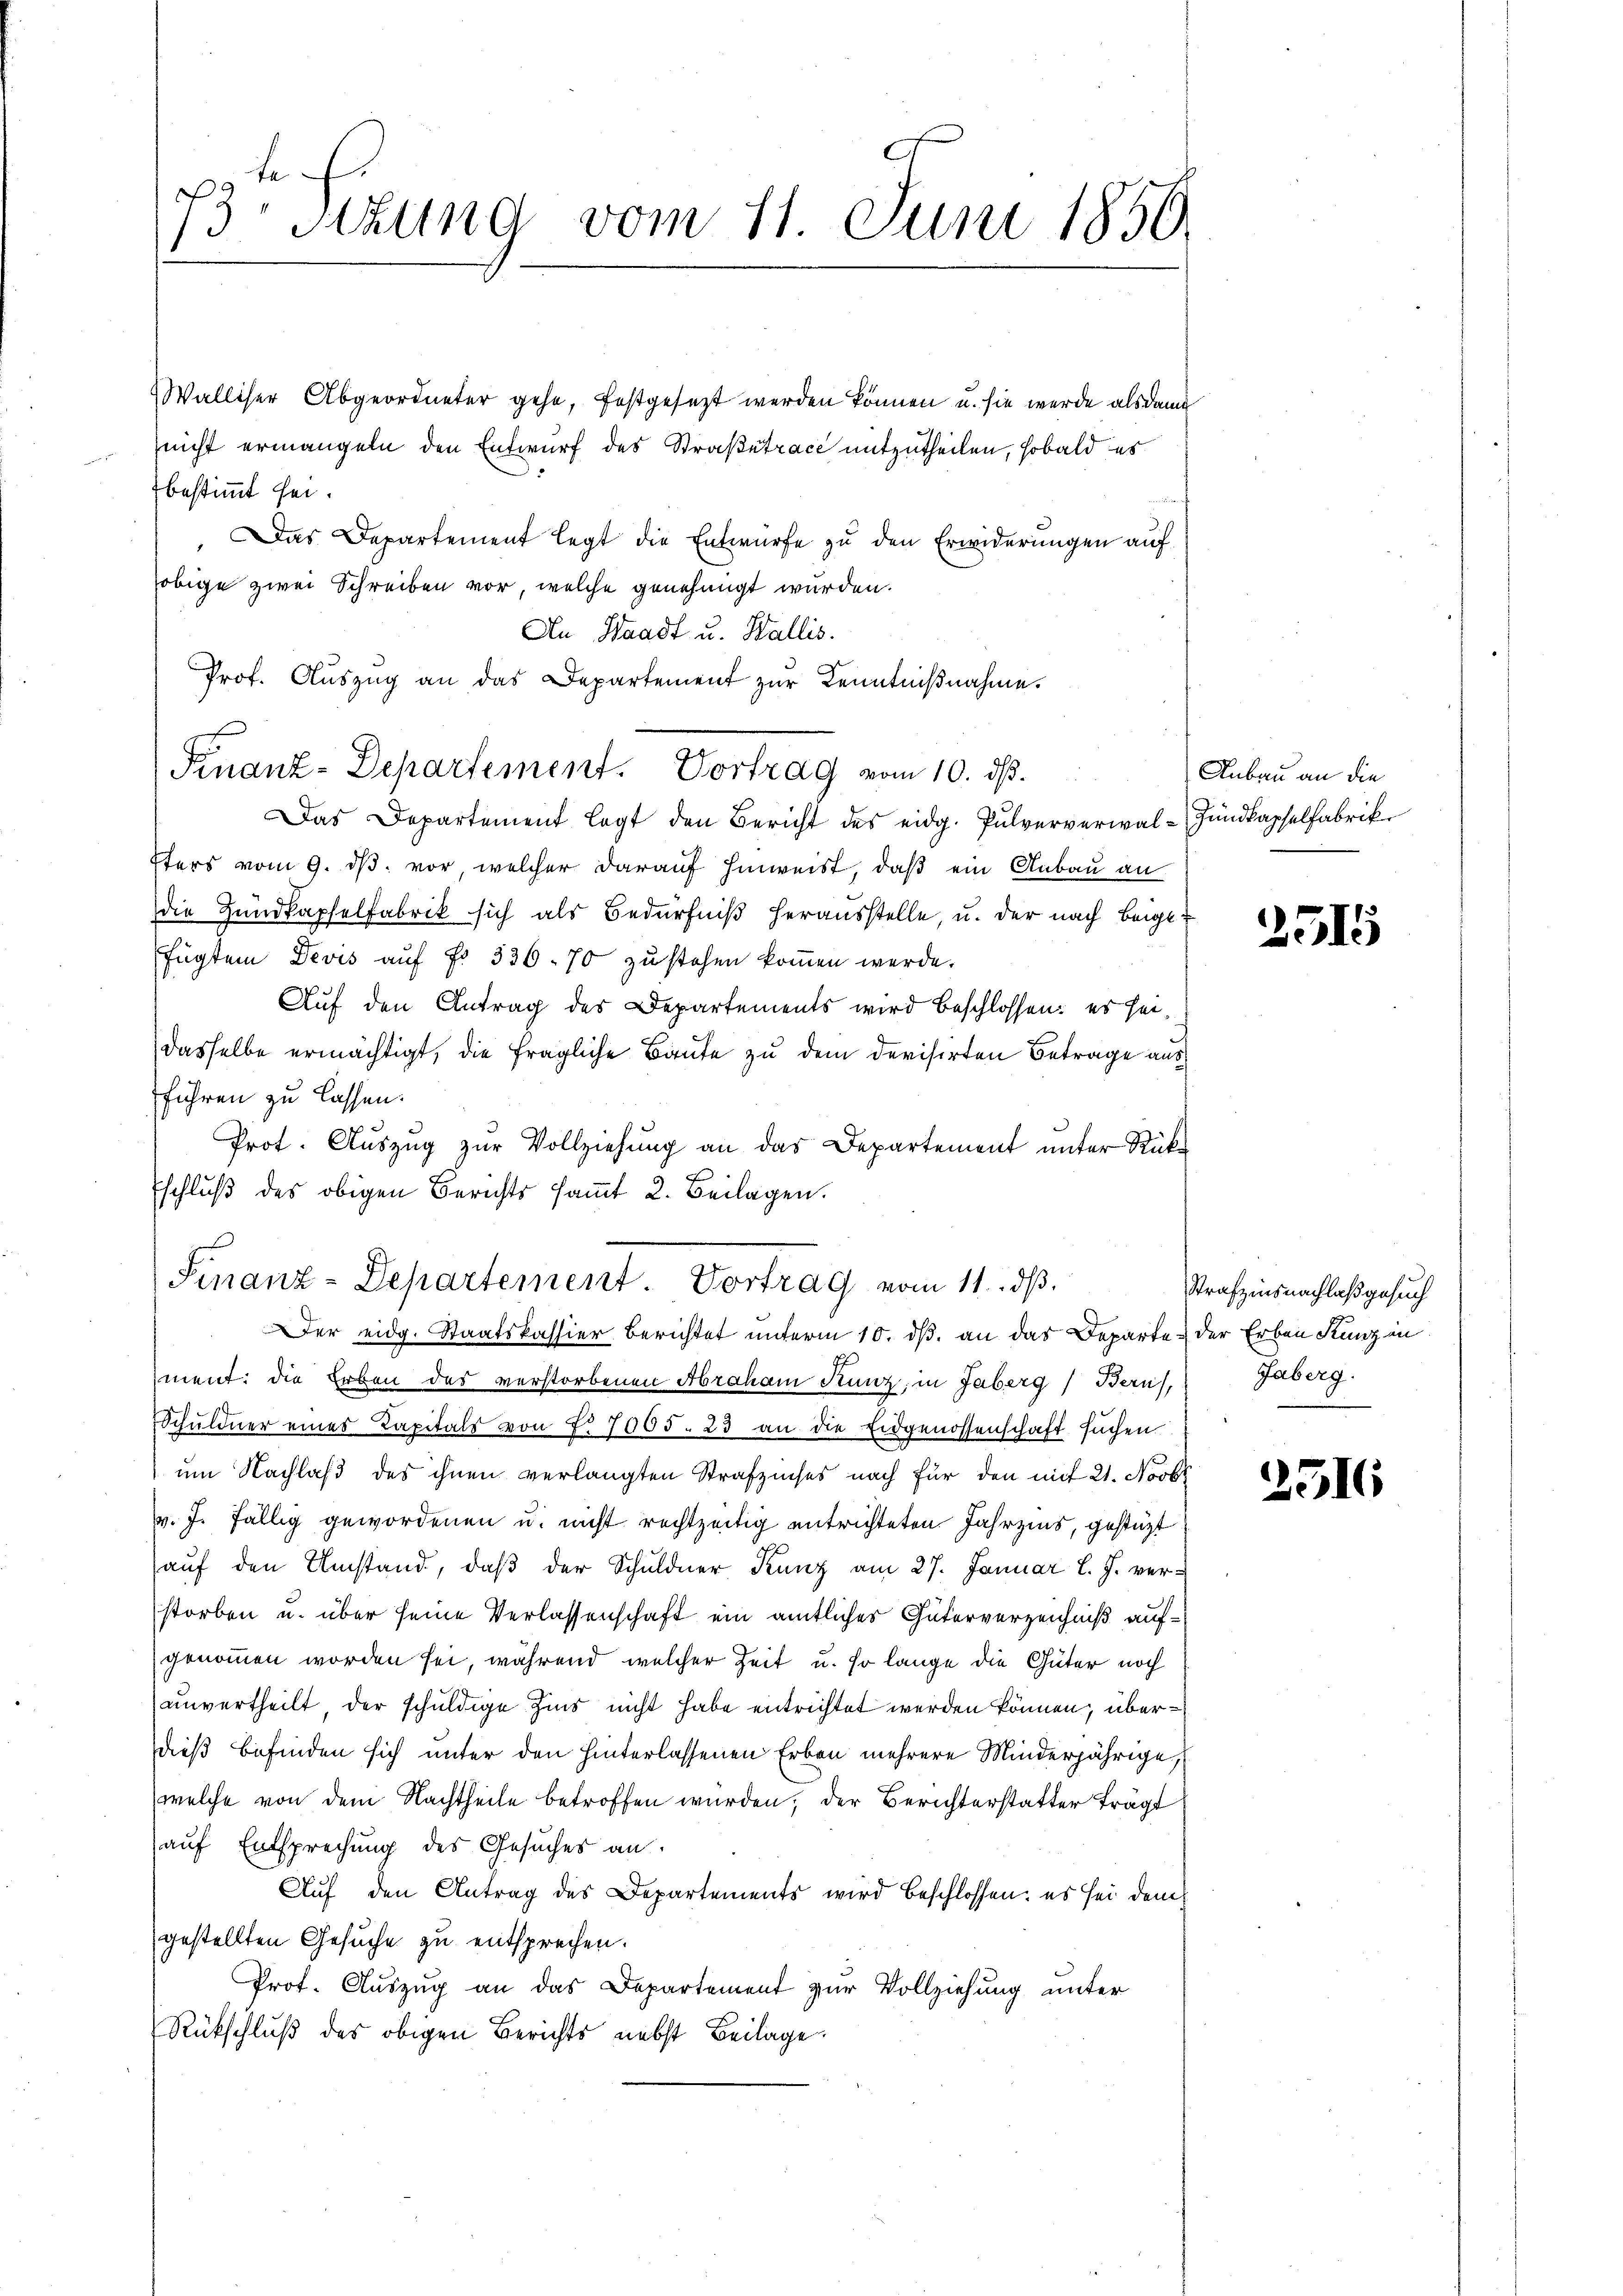
f
13. Sitzung vom 11. Juni 1850.

Walliser Abgeordneter gehe, festgesezt werden können u. sie werde als dann
nicht ermangeln den Entwurf des Straßetrace mitzutheilen, sobald es
bestimmt sei.
i
Das Departement legt die Entwürfe zu den Erwiderungen auf
obige zwei Schreiben vor, welche genehmigt wurden.
An Waadt u. Wallis.
Prof. Auszug an das Departement zur Kenntnißnahme.
as Departement legt den Bericht des eidg. Pulververwal-Zundkapselfabrik
Iters vom 9. ds. vor, welcher darauf hinweist, daß ein Anbau an
die Hundkapfelfabrik sich als Bedürfniß herausstelle, u. der nach beigefügtem Devis aŭf Fr. 336. 70 zŭ stehen koṁen werde.
Auf den Antrag der Departements wird beschlossen: es seidasselbe ermächtigt, die fragliche Baute zu dem Devisirten Betrage ausführen zu lassen.
Prot. Aŭszŭg zŭr Vollziehŭng an das Departement ŭnter Rück-
Eschluß des obigen Berichts saṁt 2. Beilagen.
Finanz-Departement. Vortrag vom 11. ds.
Der eidg. Staatskassier Berichtet unterm 10. dß, an das Departe & der Erben Kunz in
ment: die Erben des verstorbenen Abraham Kunz, in Gaberg, Bern,
Schuldner eines Kapitals von L. 7005. 23 an die Eidgenossenschaft suchen
um Nachlaß des ihnen verlangten Strafzinses nach für den mit 21. Novbr
v. J. fällig gewordenen u. nicht rechtzeitig entrichteten Jahrzins, gestüzt
auf den Umstand, daß der Schuldner Kunz am 27. Januar l. J. verstorben u. über seine Verlassenschaft ein amtlicher Güterverzeichniß aufgenommen worden sei, während welcher Zeit u. so lange die Güter noch
unvertheilt, der schuldige Zins nicht habe entrichtet werden können, überdieß befinden sich unter den hinterlassenen Erben mehrere Minderjährige,
welche von dem Nachtheile betroffen wurden, der Berichterstatter trägt
auf Entsprechung des Gesuches an.
Auf den Antrag des Departements wird beschlossen: es sei demgestellten Gesuche zu entsprechen.
Prof. Auszug an das Departement zur Vollziehung unter
Rückschluß des obigen Berichts nebst Beilage.

Finanz-Departement. Vortrag vom 10. ds.

Anbau an die

2515

Strafzinsnachlaß gesuch
Gaberg.

2516